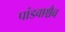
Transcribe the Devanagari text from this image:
पांडवाश्चैव